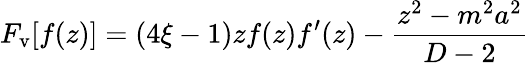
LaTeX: F_{\mathrm{v}}[f(z)]=(4\xi-1)zf(z)f^{\prime}(z)-\frac{z^{2}-m^{2}a^{2}}{D-2}